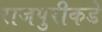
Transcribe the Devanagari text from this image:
राजपुरीकडे